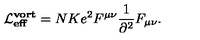
{ \cal L } _ { \bf e f f } ^ { \bf v o r t } = N K e ^ { 2 } F ^ { \mu \nu } \frac { 1 } { \partial ^ { 2 } } F _ { \mu \nu } .